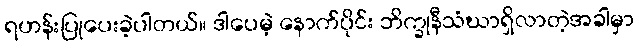
ရဟန်းပြုပေးခဲ့ပါတယ်။ ဒါပေမဲ့ နောက်ပိုင်း ဘိက္ခုနီသံဃာရှိလာတဲ့အခါမှာ